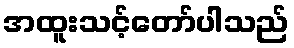
အထူးသင့်တော်ပါသည်